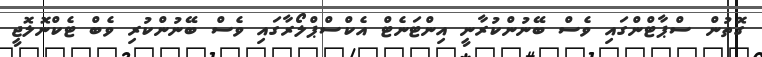
ގޮތުން ސްޕާޓްންގައި ވެސް ބޭނުންކުރާނީ އިންޓަނެޓް އެކްސްޕްލޯރާގައި ވެސް ބޭނުންކުރި ވެބް ޓެކްނޮލޮޖީ